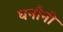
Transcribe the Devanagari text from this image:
घनौनी